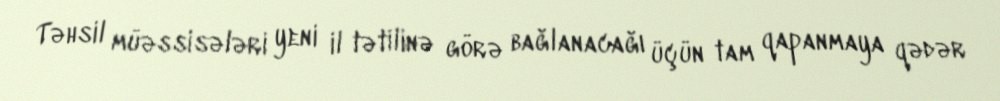
Təhsil müəssisələri yeni il tətilinə görə bağlanacağı üçün tam qapanmaya qədər